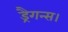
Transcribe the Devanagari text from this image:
ड्रैगन्स।